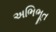
અભિભૂત